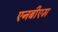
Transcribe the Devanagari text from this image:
एनबीएम